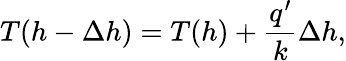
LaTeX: T(h-\Delta h)=T(h)+\frac{q^{\prime}}{k}\Delta h,